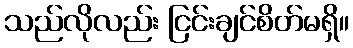
သည်လိုလည်း ငြင်းချင်စိတ်မရှိ။